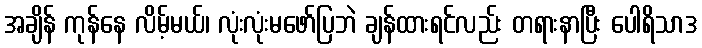
အချိန် ကုန်နေ လိမ့်မယ်၊ လုံးလုံးမဖော်ပြဘဲ ချန်ထားရင်လည်း တရားနာပြီး ပေါရိသာဒ